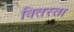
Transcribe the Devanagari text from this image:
बितस्ता